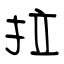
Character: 拉